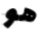
هو